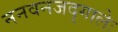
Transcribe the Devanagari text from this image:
ननवनजदृगालेः